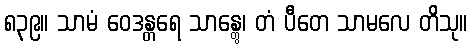
၈၃၉။ သာမံ ဝေဒန္တရေ သာန္တွေ၊ တံ ပီတေ သာမလေ တိသု။